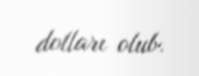
dolları olub.